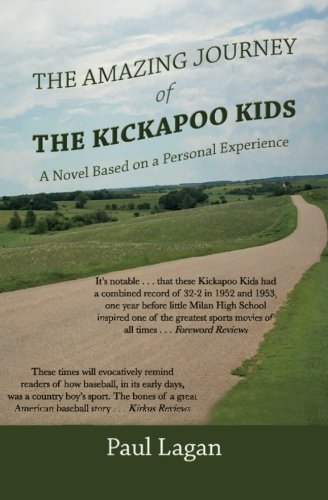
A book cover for The Amazing Journey of the Kickapoo Kids: A Novel based on a Personal Experience; Paul Lagan; Sports & Outdoors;